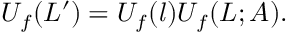
U _ { f } ( L ^ { \prime } ) = U _ { f } ( l ) U _ { f } ( L ; A ) .